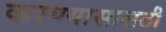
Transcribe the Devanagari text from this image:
करण्यासासठी